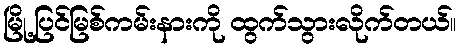
မြို့ပြင်မြစ်ကမ်းနားကို ထွက်သွားလိုက်တယ်။